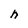
Character: h